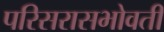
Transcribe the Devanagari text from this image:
परिसरासभोवती